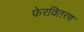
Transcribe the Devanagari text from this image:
फेरवितरण